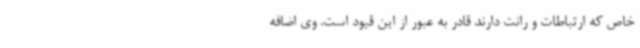
خاص که ارتباطات و رانت دارند قادر به عبور از این قیود است. وی اضافه